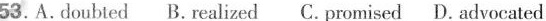
53.A.doubted B.realized C. promised D. advocated